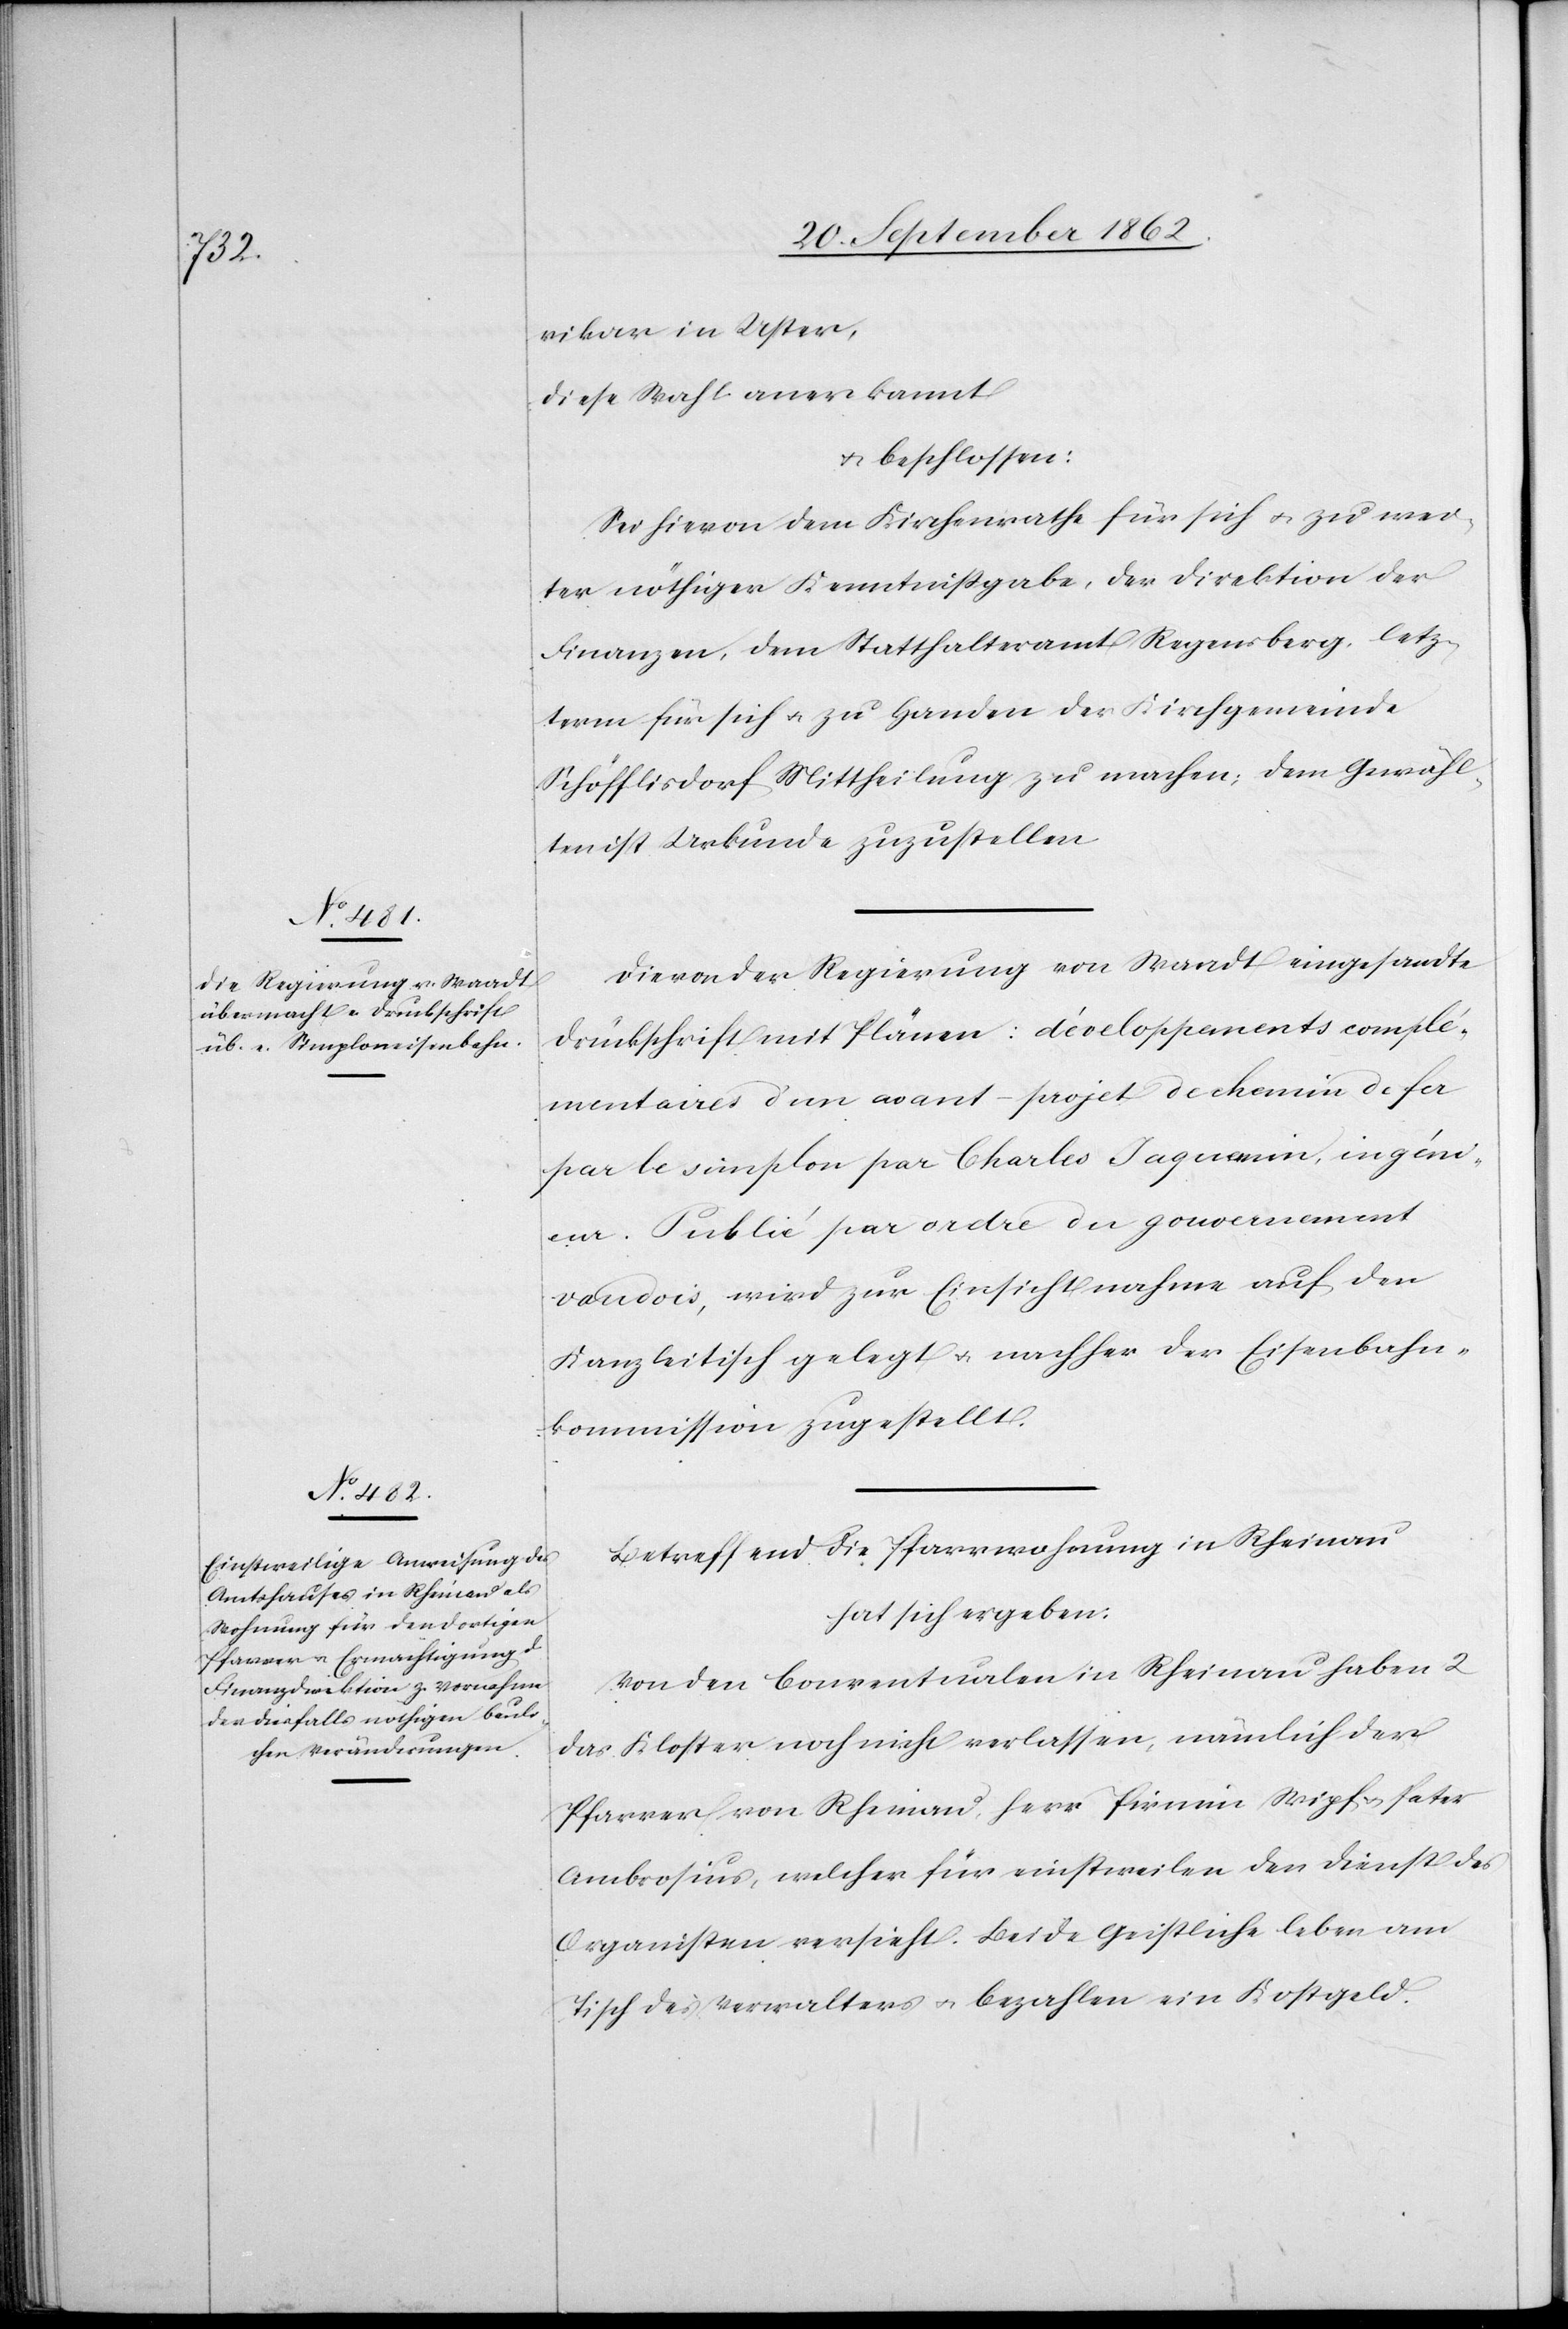
vikar in Uster,
diese Wahl anerkannt
u. beschlossen:
Sei hievon dem Kirchenrathe für sich u. zu wei¬
ter nöthiger Kenntnißgabe, der Direktion der
Finanzen, dem Statthalteramt Regensberg, letz¬
term für sich u. zu Handen der Kirchgemeinde
Schöfflisdorf Mittheilung zu machen; dem Gewähl¬
ten ist Urkunde zuzustellen.
Die von der Regierung von Waadt eingesandte
Druckschrift mit Plänen: Développements complé¬
mentaires d’un avant-projet de chemin de fer
par le simplon par Charles Jaquenin, ingéni¬
eur. Publié par ordre du gouvernement
vaudois, wird zur Einsichtnahme auf den
Kanzleitisch gelegt u. nachher der Eisenbahn¬
kommission zugestellt.
Betreffend die Pfarrwohnung in Rheinau
hat sich ergeben:
Von den Conventualen in Rheinau haben 2
das Kloster noch nicht verlassen, nämlich der
Pfarrer von Rheinau, Herr Primin Wipf u. Pater
Ambrosius, welcher für einstweilen den Dienst des
Organisten versieht. Beide Geistliche leben am
Tisch des Verwalters u. bezahlen ein Kostgeld.